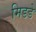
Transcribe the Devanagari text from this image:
मिडडे